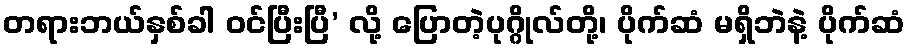
တရားဘယ်နှစ်ခါ ဝင်ပြီးပြီ’ လို့ ပြောတဲ့ပုဂ္ဂိုလ်တို့၊ ပိုက်ဆံ မရှိဘဲနဲ့ ပိုက်ဆံ